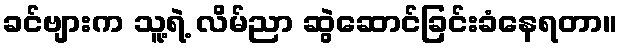
ခင်ဗျားက သူ့ရဲ့ လိမ်ညာ ဆွဲဆောင်ခြင်းခံနေရတာ။